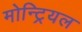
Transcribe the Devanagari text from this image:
मोन्ट्रियल